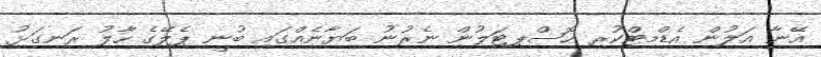
އޭނާ އަލުން އެޑްމިޓްކުރި ހޮސްޕިޓަލުން ނެރުނު ބަޔާނެއްގައި ބުނީ ޕެލޭގެ ހާލު ރަނގަޅު